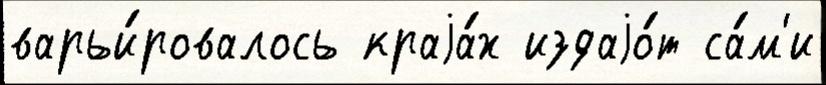
варьи́ровалось краjа́х издаjо́т са́м'и